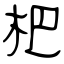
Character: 杷